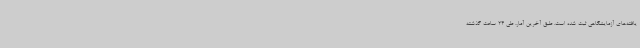
یافته‌های آزمایشگاهی ثبت شده است. طبق آخرین آمار، طی 24 ساعت گذشته